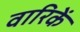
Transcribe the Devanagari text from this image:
वारिकें